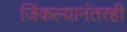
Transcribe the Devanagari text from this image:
जिंकल्यानंतरही